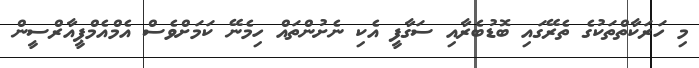
މި ހަރަކާތްތަކުގެ ތެރޭގައި ބޮޑުބެރާއި ސަގާފީ އެކި ނެށުންތައް ހިމެނޭ ކަމަށްވެސް އެމްއެމްޕީއާރްސީން